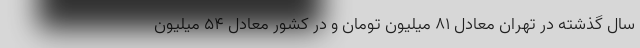
سال گذشته در تهران معادل ۸۱ میلیون تومان و در کشور معادل ۵۴ میلیون